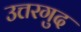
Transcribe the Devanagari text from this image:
उत्तरगुद